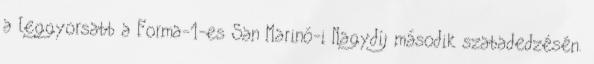
a leggyorsabb a Forma-1-es San Marinó-i Nagydíj második szabadedzésén.